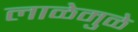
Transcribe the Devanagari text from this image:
लाळेमुळे